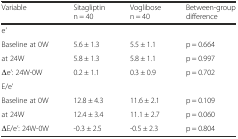
<table><thead><tr><td><b>Variable</b></td><td><b>Sitagliptin n = 40</b></td><td><b>Voglibose n = 40</b></td><td><b>Between-group difference</b></td></tr></thead><tbody><tr><td>e’</td><td></td><td></td><td></td></tr><tr><td>Baseline at 0W</td><td>5.6 ± 1.3</td><td>5.5 ± 1.1</td><td>p = 0.664</td></tr><tr><td>at 24W</td><td>5.8 ± 1.3</td><td>5.8 ± 1.1</td><td>p = 0.997</td></tr><tr><td>Δe’: 24W-0W</td><td>0.2 ± 1.1</td><td>0.3 ± 0.9</td><td>p = 0.702</td></tr><tr><td>E/e’</td><td></td><td></td><td></td></tr><tr><td>Baseline at 0W</td><td>12.8 ± 4.3</td><td>11.6 ± 2.1</td><td>p = 0.109</td></tr><tr><td>at 24W</td><td>12.4 ± 3.4</td><td>11.1 ± 2.7</td><td>p = 0.060</td></tr><tr><td>ΔE/e’: 24W-0W</td><td>-0.3 ± 2.5</td><td>-0.5 ± 2.3</td><td>p = 0.804</td></tr></tbody></table>